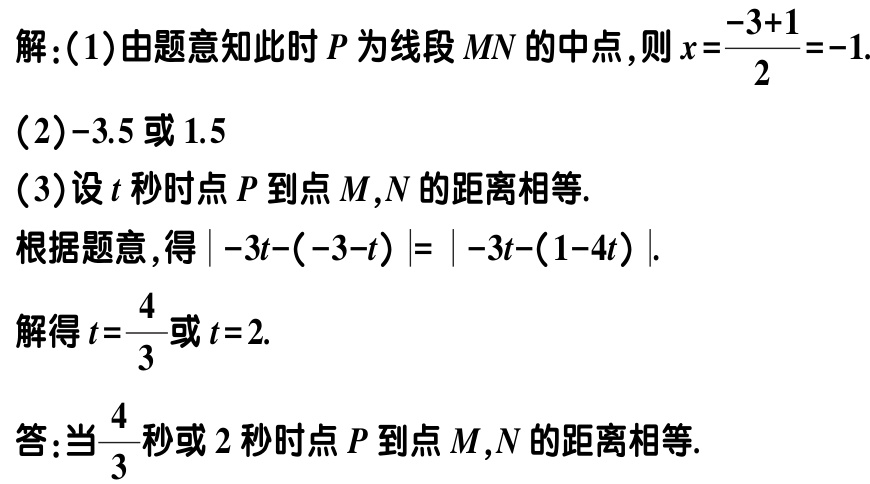
解：(1)由题意知此时\(P\)为线段\(MN\)的中点，则\(x = \frac{-3 + 1}{2}=-1\).
(2)\(-3.5\)或\(1.5\)
(3)设\(t\)秒时点\(P\)到点\(M\)，\(N\)的距离相等.
根据题意，得\(\vert -3t - (-3 - t)\vert=\vert -3t - (1 - 4t)\vert\).
解得\(t = \frac{4}{3}\)或\(t = 2\).
答：当\(\frac{4}{3}\)秒或\(2\)秒时点\(P\)到点\(M\)，\(N\)的距离相等.